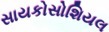
સાયકોસોશિયલ